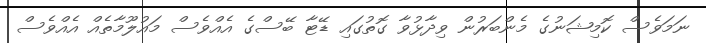
ނަމަވެސް ކޮމިޝަނުގެ މެންބަރުން ވިދާޅުވާ ގޮތުގައި ޑޭޓާ ބޭސްގެ އެއްވެސް މައުލޫމާތެއް އެއްވެސް